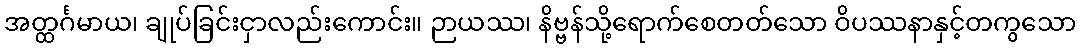
အတ္ထင်္ဂမာယ၊ ချုပ်ခြင်းငှာလည်းကောင်း။ ဉာယဿ၊ နိဗ္ဗန်သို့ရောက်စေတတ်သော ဝိပဿနာနှင့်တကွသော